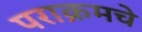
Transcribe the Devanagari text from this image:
पराक्रमचे